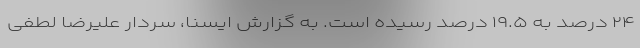
۲۴ درصد به ۱۹.۵ درصد رسیده است. به گزارش ایسنا، سردار علیرضا لطفی